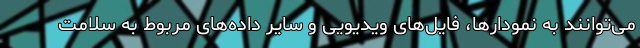
می‌توانند به نمودارها، فایل‌های ویدیویی و سایر داده‌های مربوط به سلامت